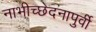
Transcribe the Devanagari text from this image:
नाभीच्छेदनापुर्वी